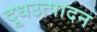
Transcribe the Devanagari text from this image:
दूधउत्पादन